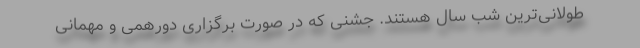
طولانی‌ترین شب سال هستند. جشنی که در صورت برگزاری دورهمی و مهمانی